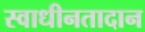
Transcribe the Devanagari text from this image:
स्वाधीनतादान